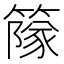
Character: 䉌